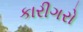
કારીગરો